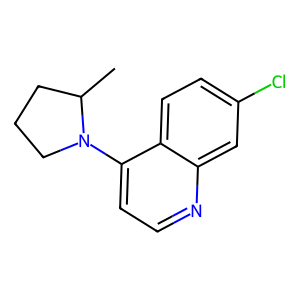
SMILES: CC1CCCN1c1ccnc2cc(Cl)ccc12
Inhibits HIV replication: No